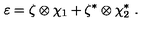
\varepsilon = \zeta \otimes \chi _ { 1 } + \zeta ^ { * } \otimes \chi _ { 2 } ^ { * } \ .